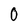
Character: 0